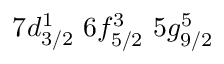
7 d _ { 3 / 2 } ^ { 1 } \, \, 6 f _ { 5 / 2 } ^ { 3 } \, \, 5 g _ { 9 / 2 } ^ { 5 }